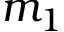
m _ { 1 }